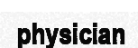
physician